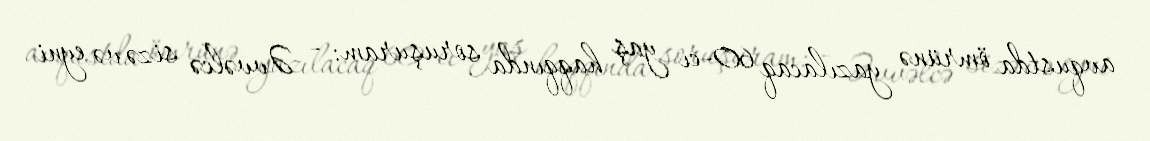
avqustda ömrünə yazılacaq 60-cı yaş haqqında soruşuram: - Əvvəlcə sizə və eyni